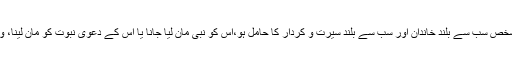
کیا کسی بھی دور میں جو شخص سب سے بلند خاندان اور سب سے بلند سیرت و کردار کا حامل ہو،اس کو نبی مان لیا جانا یا اس کے دعویٰ نبوت کو مان لینا، واقعی درست اور بادلیل ہے؟